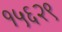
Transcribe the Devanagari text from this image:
१५६२९